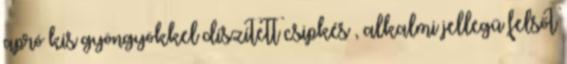
apró kis gyöngyökkel díszített csipkés , alkalmi jellegű felsőt